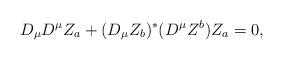
\begin{align*}D_{\mu} D^{\mu} Z_a + (D_{\mu} Z_b)^{*} (D^{\mu} Z^b) Z_a = 0,\end{align*}